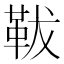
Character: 𩊊